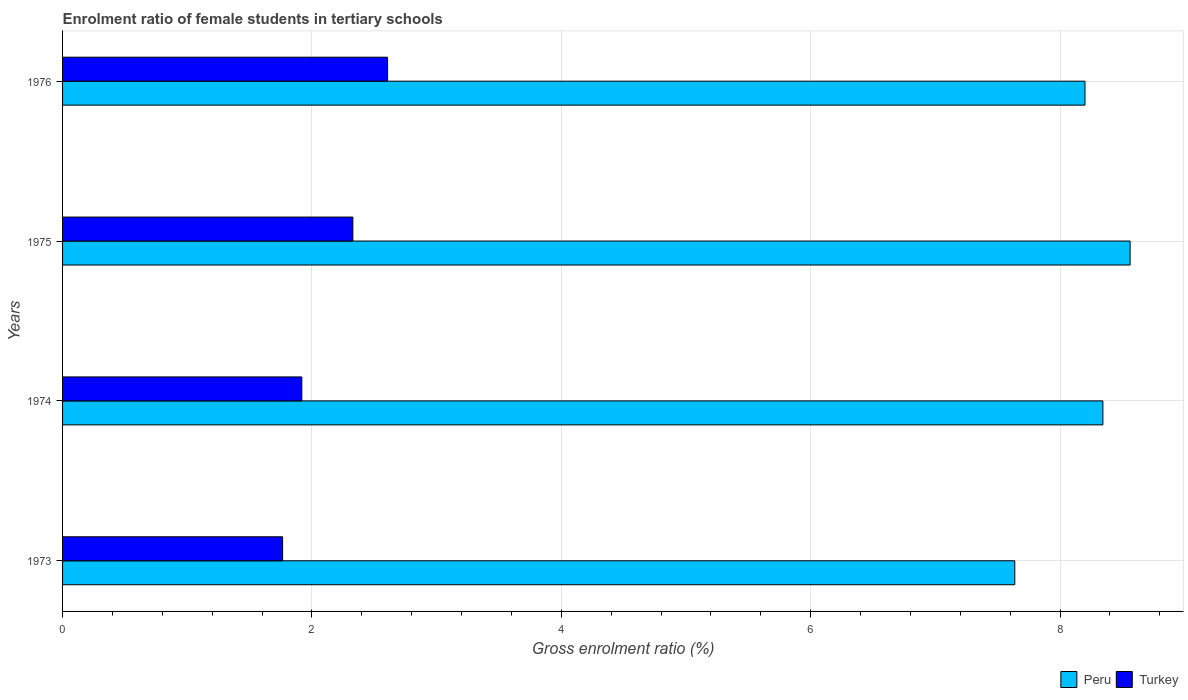
| Years | Peru | Turkey |
 | --- | --- | --- |
 | 1973 | 7.64 | 1.76 |
 | 1974 | 8.34 | 1.92 |
 | 1975 | 8.56 | 2.33 |
 | 1976 | 8.2 | 2.61 |